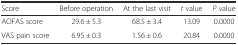
<table><thead><tr><td><b>Score</b></td><td><b>Before operation</b></td><td><b>At the last visit</b></td><td><b><i>t</i> value</b></td><td><b><i>P</i> value</b></td></tr></thead><tbody><tr><td>AOFAS score</td><td>29.6 ± 5.3</td><td>68.5 ± 3.4</td><td>13.09</td><td>0.0000</td></tr><tr><td>VAS pain score</td><td>6.95 ± 0.3</td><td>1.56 ± 0.6</td><td>20.84</td><td>0.0000</td></tr></tbody></table>